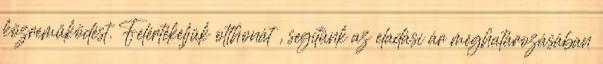
közreműködést. Felértékeljük otthonát , segítünk az eladási ár meghatározásában